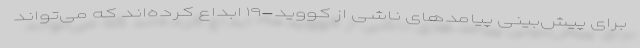
برای پیش‌بینی پیامدهای ناشی از کووید-۱۹ ابداع کرده‌اند که می‌تواند